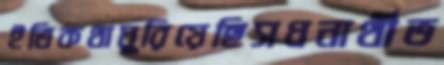
ইতিকথাঘুরিয়েছিসধনার্থীভ